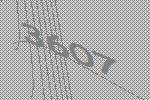
3607